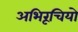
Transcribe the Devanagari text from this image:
अभिरूचियो